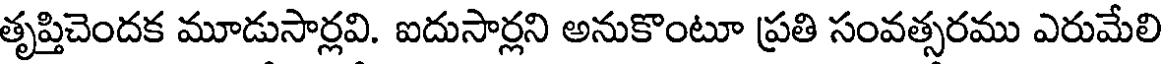
తృప్తిచెందక మూడుసార్లవి. ఐదుసార్లని అనుకొంటూ ప్రతి సంవత్సరము ఎరుమేలి